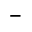
-